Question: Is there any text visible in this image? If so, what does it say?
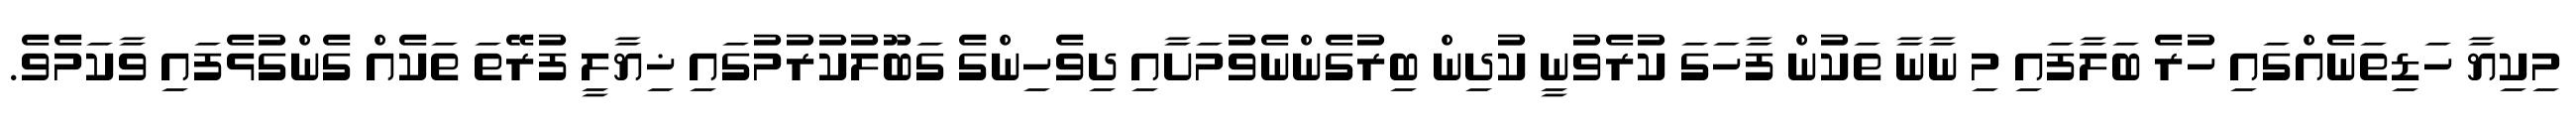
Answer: މިކިޔާ ހަޑިތަނެއްގައި ހުރެ ބަލާފައި މި ނާނާ ތަކުން ފާހަގަ ކުރެވުނީ ކުދިން ބިރުގެންނެވުމަށާއި ދިވެހިންގެ ގަބޫލުކުރުމުގައި ޚިޔާލީ ފުރޭތަ ތަކެއް ގެންގުޅެފައި ވާކަމެވެ.